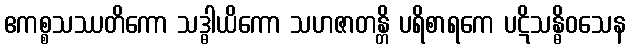
ဧကစ္စသဿတိကော သဒ္ဓါယိကော သဟဇာတန္တိ ပရိစာရကေ ပဋိသန္ဓိဝသေန